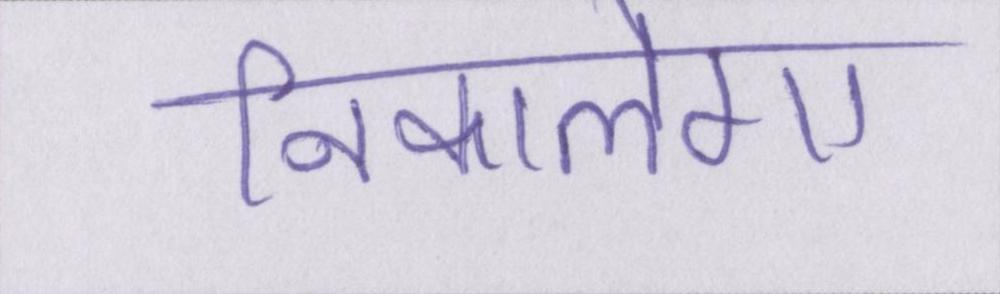
निकालेगा